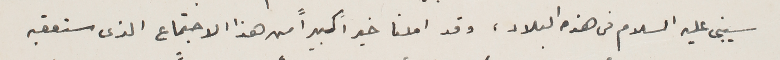
سيبنى عليه السلام فى هذه البلاد، وقد املنا خيراً كبيراً من هذا الاجتماع الذى ستعقبه